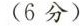
(6分)